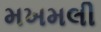
મખમલી